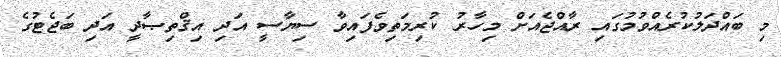
މި ބައްދަލުކުރެއްވުމުގައި ރާއްޖެއަށް މިހާރު ކުރިމަތިވެފައިވާ ސިޔާސީ އަދި އިޤްތިޞާދީ އަދި ބަޖެޓުގެ